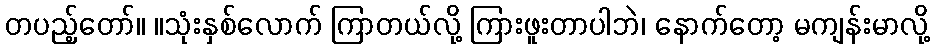
တပည့်တော်။ ။သုံးနှစ်လောက် ကြာတယ်လို့ ကြားဖူးတာပါဘဲ၊ နောက်တော့ မကျန်းမာလို့